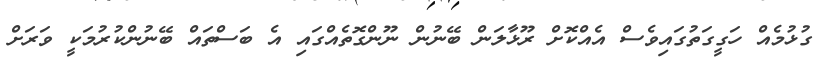
ގުޅުމެއް ހަގީގަތުގައިވެސް އެއްކޮށް ރޫޅާލަން ބޭނުން ނޫންގޮތެއްގައި އެ ބަސްތައް ބޭނުންކުރުމަކީ ވަރަށް